Report of the Indian Hemp Drugs Commission, 1894-1895 - Volume IV
Year: 1894
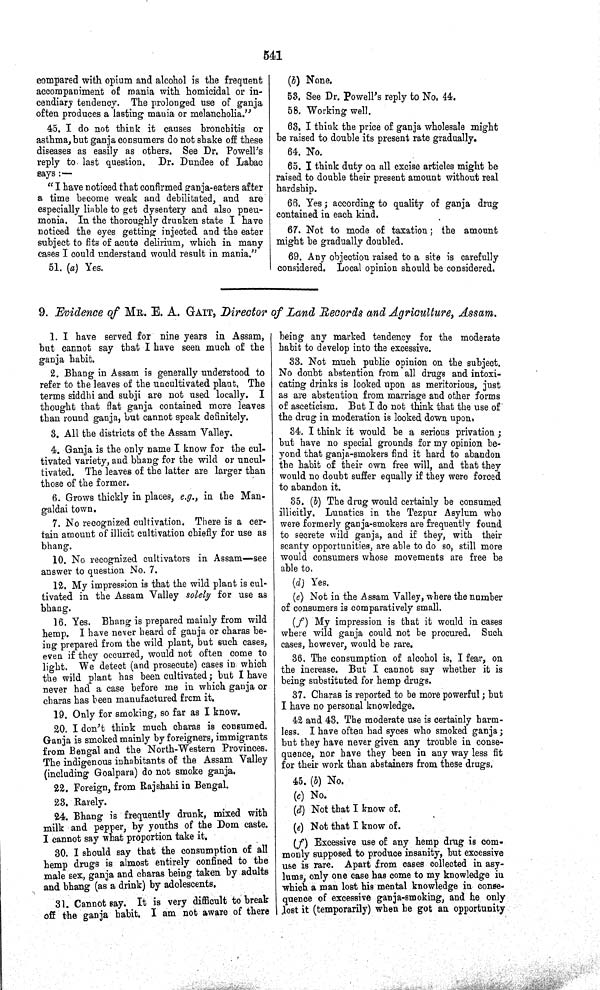
541
compared with opium and alcohol is the frequent
accompaniment of mania with homicidal or in-
cendiary tendency. The prolonged use of ganja
often produces a lasting mania or melancholia."
45. I do not think it causes bronchitis or
asthma, but ganja consumers do not shake off these
diseases as easily as others. See Dr. Powell's
reply to last question. Dr. Dundee of Labac
says:—
"I have noticed that confirmed ganja-eaters after
a time become weak and debilitated, and are
especially liable to get dysentery and also pneu-
monia. In the thoroughly drunken state I have
noticed the eyes getting injected and the eater
subject to fits of acute delirium, which in many
cases I could understand would result in mania."
51. (a) Yes.
(b) None.
53. See Dr. Powell's reply to No. 44.
58. Working well.
63. I think the price of ganja wholesale might
be raised to double its present rate gradually.
64. No.
65. I think duty on all excise articles might be
raised to double their present amount without real
hardship.
66. Yes; according to quality of ganja drug
contained in each kind.
67. Not to mode of taxation; the amount
might be gradually doubled.
69. Any objection raised to a site is carefully
considered. Local opinion should be considered.
9. Evidence of MR. E. A. GAIT, Director of Land Records and Agriculture, Assam.
1. I have served for nine years in Assam,
but cannot say that I have seen much of the
ganja habit.
2. Bhang in Assam is generally understood to
refer to the leaves of the uncultivated plant. The
terms siddhi and subji are not used locally. I
thought that flat ganja contained more leaves
than round ganja, but cannot speak definitely.
3. All the districts of the Assam Valley.
4. Ganja is the only name I know for the cul-
tivated variety, and bhang for the wild or uncul-
tivated. The leaves of the latter are larger than
those of the former.
6. Grows thickly in places, e.g., in the Man-
galdai town.
7. No recognized cultivation. There is a cer-
tain amount of illicit cultivation chiefly for use as
bhang.
10. No recognized cultivators in Assam—see
answer to question No. 7.
12. My impression is that the wild plant is cul-
tivated in the Assam Valley solely for use as
bhang.
16. Yes. Bhang is prepared mainly from wild
hemp. I have never heard of ganja or charas be-
ing prepared from the wild plant, but such cases,
even if they occurred, would not often come to
light. We detect (and prosecute) cases in which
the wild plant has been cultivated; but I have
never had a case before me in which ganja or
charas has been manufactured from it.
19. Only for smoking, so far as I know.
20. I don't think much charas is consumed.
Ganja is smoked mainly by foreigners, immigrants
from Bengal and the North-Western Provinces.
The indigenous inhabitants of the Assam Valley
(including Goalpara) do not smoke ganja.
22. Foreign, from Rajshahi in Bengal.
23. Rarely.
24. Bhang is frequently drunk, mixed with
milk and pepper, by youths of the Dom caste.
I cannot say what proportion take it.
30. I should say that the consumption of all
hemp drugs is almost entirely confined to the
male sex, ganja and charas being taken by adults
and bhang (as a drink) by adolescents.
31. Cannot say. It is very difficult to break
off the ganja habit. I am not aware of there
being any marked tendency for the moderate
habit to develop into the excessive.
33. Not much public opinion on the subject.
No doubt abstention from all drugs and intoxi-
cating drinks is looked upon as meritorious, just
as are abstention from marriage and other forms
of asceticism. But I do not think that the use of
the drug in moderation is looked down upon.
34. I think it would be a serious privation;
but have no special grounds for my opinion be-
yond that ganja-smokers find it hard to abandon
the habit of their own free will, and that they
would no doubt suffer equally if they were forced
to abandon it.
35. (b) The drug would certainly be consumed
illicitly. Lunatics in the Tezpur Asylum who
were formerly ganja-smokers are frequently found
to secrete wild ganja, and if they, with their
scanty opportunities, are able to do so, still more
would consumers whose movements are free be
able to.
(d) Yes.
(e) Not in the Assam Valley, where the number
of consumers is comparatively small.
(f) My impression is that it would in cases
where wild ganja could not be procured. Such
cases, however, would be rare.
36. The consumption of alcohol is, I fear, on
the increase. But I cannot say whether it is
being substituted for hemp drugs.
37. Charas is reported to be more powerful; but
I have no personal knowledge.
42 and 43. The moderate use is certainly harm-
less. I have often had syces who smoked ganja;
but they have never given any trouble in conse-
quence, nor have they been in any way less fit
for their work than abstainers from these drugs.
45. (b) No.
(c) No.
(d) Not that I know of.
(e) Not that I know of.
(f) Excessive use of any hemp drug is com-
monly supposed to produce insanity, but excessive
use is rare. Apart from cases collected in asy-
lums, only one case has come to my knowledge in
which a man lost his mental knowledge in conse-
quence of excessive ganja-smoking, and he only
lost it (temporarily) when he got an opportunity